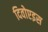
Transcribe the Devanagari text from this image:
दिवोएइस